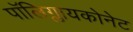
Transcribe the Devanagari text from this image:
पॉलिग्लायकोनेट